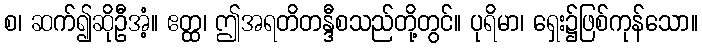
စ၊ ဆက်၍ဆိုဦအံ့။ ဧတ္ထ၊ ဤအရတိတန္ဒီစသည်တို့တွင်။ ပုရိမာ၊ ရှေး၌ဖြစ်ကုန်သော။